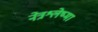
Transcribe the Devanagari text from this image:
नेत्रश्लेष्मा